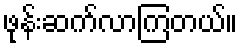
ဖုန်းဆက်လာကြတယ်။